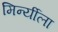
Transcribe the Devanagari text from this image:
मिर्न्यीला